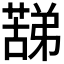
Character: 𮑟